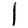
Digit: 1